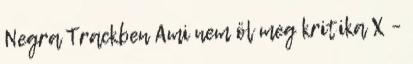
Negra Trackben Ami nem öl meg kritika X –